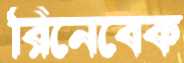
রিনেবেক